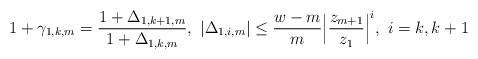
\begin{align*}1+\gamma_{1,k,m}=\frac{1+\Delta_{1,k+1,m}}{1+\Delta_{1,k,m}},~|\Delta_{1,i,m}| \le\frac{w-m}{m}\Big|\frac{z_{m+1}}{z_{1}}\Big|^i,~i=k,k+1 \end{align*}